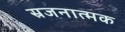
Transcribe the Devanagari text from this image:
स्रजनात्मक